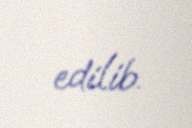
edilib.